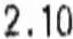
2.10